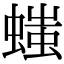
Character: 𧏬